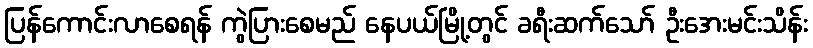
ပြန်ကောင်းလာစေရန် ကွဲပြားစေမည် နေပယ်မြို့တွင် ခရီးဆက်သော် ဦးအေးမင်းသိန်း